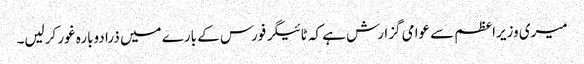
میری وزیراعظم سے عوامی گزارش ہے کہ ٹائیگر فورس کے بارے میں ذرا دوبارہ غور کرلیں۔